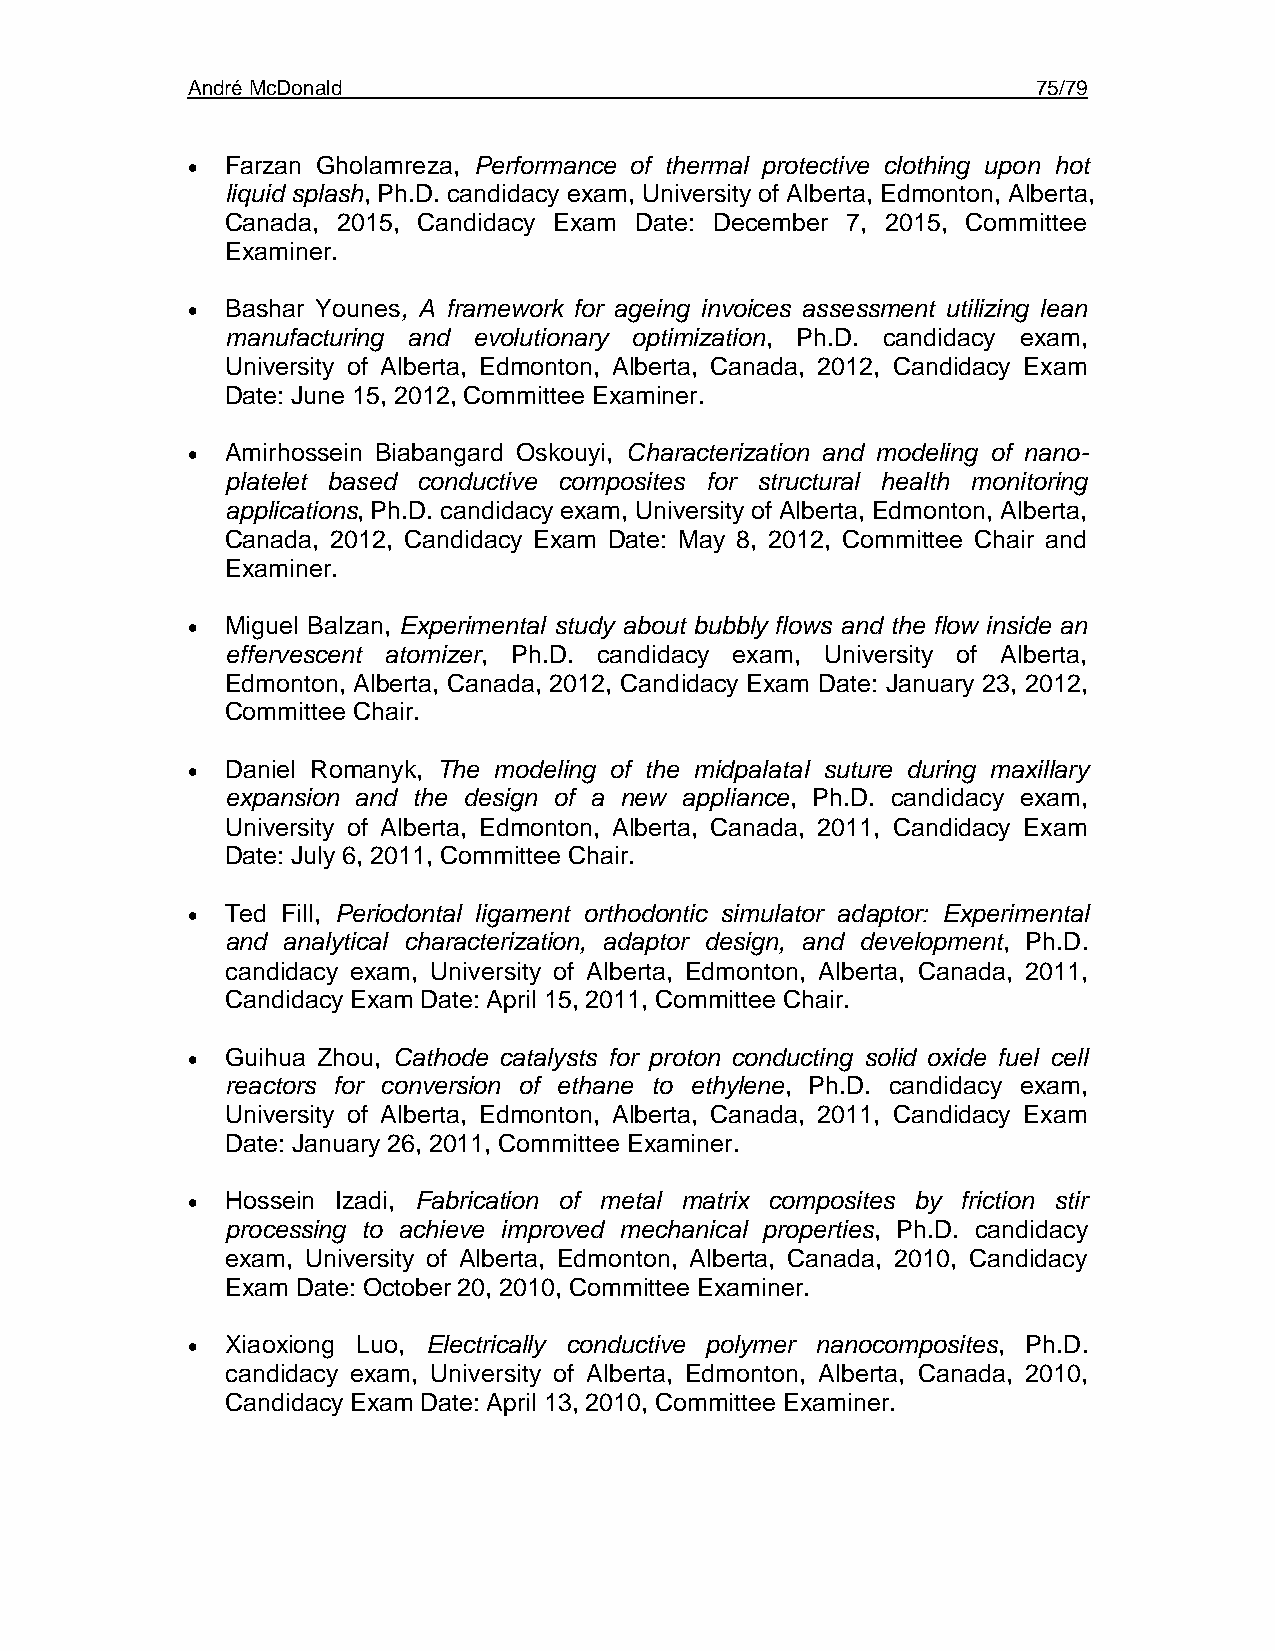
André McDonald                                           75/79
 •  Farzan Gholamreza, Performance of thermal protective clothing upon hot
 liquid splash, Ph.D. candidacy exam, University of Alberta, Edmonton, Alberta,
 Canada, 2015, Candidacy Exam Date: December 7, 2015, Committee
 Examiner.
 •  Bashar Younes, A framework for ageing invoices assessment utilizing lean
 manufacturing and evolutionary optimization, Ph.D. candidacy exam,
 University of Alberta, Edmonton, Alberta, Canada, 2012, Candidacy Exam
 Date: June 15, 2012, Committee Examiner.
 •  Amirhossein Biabangard Oskouyi, Characterization and modeling of nano-
 platelet based conductive composites for structural health monitoring
 applications, Ph.D. candidacy exam, University of Alberta, Edmonton, Alberta,
 Canada, 2012, Candidacy Exam Date: May 8, 2012, Committee Chair and
 Examiner.
 •  Miguel Balzan, Experimental study about bubbly flows and the flow inside an
 effervescent atomizer, Ph.D. candidacy exam, University of Alberta,
 Edmonton, Alberta, Canada, 2012, Candidacy Exam Date: January 23, 2012,
 Committee Chair.
 •  Daniel Romanyk, The modeling of the midpalatal suture during maxillary
 expansion and the design of a new appliance, Ph.D. candidacy exam,
 University of Alberta, Edmonton, Alberta, Canada, 2011, Candidacy Exam
 Date: July 6, 2011, Committee Chair.
 •  Ted Fill, Periodontal ligament orthodontic simulator adaptor: Experimental
 and analytical characterization, adaptor design, and development, Ph.D.
 candidacy exam, University of Alberta, Edmonton, Alberta, Canada, 2011,
 Candidacy Exam Date: April 15, 2011, Committee Chair.
 •  Guihua Zhou, Cathode catalysts for proton conducting solid oxide fuel cell
 reactors for conversion of ethane to ethylene, Ph.D. candidacy exam,
 University of Alberta, Edmonton, Alberta, Canada, 2011, Candidacy Exam
 Date: January 26, 2011, Committee Examiner.
 •  Hossein Izadi, Fabrication of metal matrix composites by friction stir
 processing to achieve improved mechanical properties, Ph.D. candidacy
 exam, University of Alberta, Edmonton, Alberta, Canada, 2010, Candidacy
 Exam Date: October 20, 2010, Committee Examiner.
 •  Xiaoxiong Luo, Electrically conductive polymer nanocomposites, Ph.D.
 candidacy exam, University of Alberta, Edmonton, Alberta, Canada, 2010,
 Candidacy Exam Date: April 13, 2010, Committee Examiner.